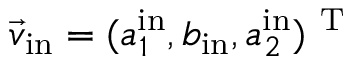
\vec { v } _ { \mathrm { i n } } = ( a _ { 1 } ^ { \mathrm { i n } } , b _ { \mathrm { i n } } , a _ { 2 } ^ { \mathrm { i n } } ) ^ { \mathrm { ~ T ~ } }